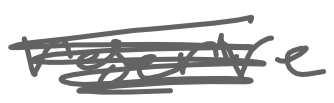
Text: reserve
Cross-out: scratch
Writing tool: digital_gray